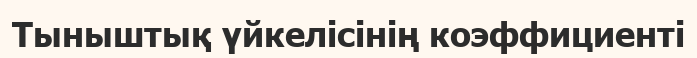
Тыныштық үйкелісінің коэффициенті